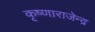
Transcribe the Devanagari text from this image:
कृष्णाराजेन्द्र